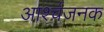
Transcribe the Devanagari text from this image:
आर्श्चजनक